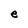
Character: e